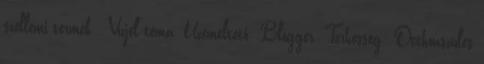
szellemi termék . Vízjel téma. Üzemeltető: Blogger. Terhesség: Otthonszülés